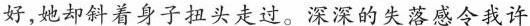
好,她却斜着身子扭头走迎。深深的失落感令我许